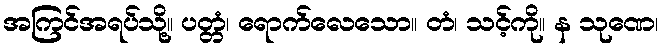
အကြင်အရပ်သို့။ ပတ္တံ၊ ရောက်လေသော။ တံ၊ သင့်ကို။ န သုဏေ၊